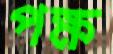
পক্ষ